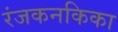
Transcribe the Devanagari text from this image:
रंजकनकिका